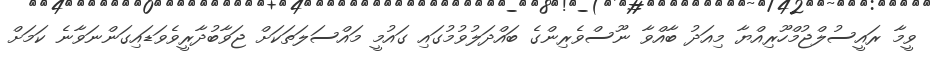
ވީމާ ރައީސުލްޖުމްހޫރިއްޔާ މިއަދު ބާއްވާ ނޫސްވެރިންގެ ބައްދަލުވުމުގައި ގައުމީ މައްސަލަތަކަށް ޖަވާބުދާރީވެވަޑައިގަންނަވާނެ ކަމަށް